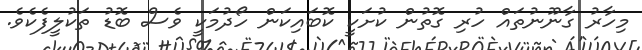
މިހާރު ގާނޫނުތައް ހުރި ގޮތުން ކުށަކީ ކޮބައިކަން ހޯދުމަކީ ވެސް ބޮޑު ތަކުލީފެކެވެ.